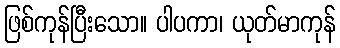
ဖြစ်ကုန်ပြီးသော။ ပါပကာ၊ ယုတ်မာကုန်